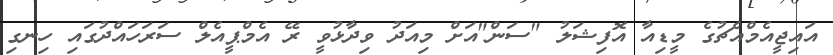
އައިޖީއެމްއެޗުގެ މީޑިއާ އޮފިޝަލު "ސަން"އަށް މިއަދު ވިދާޅުވީ ރޭ އެމްޕީއެލް ސަރަހައްދުގައި ހިނގި